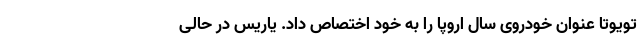
تویوتا عنوان خودروی سال اروپا را به خود اختصاص داد. یاریس در حالی